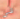
في